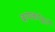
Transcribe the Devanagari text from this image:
बायकांद्वारे